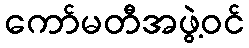
ကော်မတီအဖွဲ့ဝင်